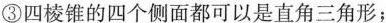
③四棱锥的四个侧面都可以是直角三角形；